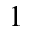
1